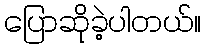
ပြောဆိုခဲ့ပါတယ်။